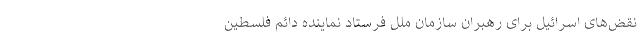
نقض‌های اسرائیل برای رهبران سازمان ملل فرستاد نماینده دائم فلسطین